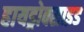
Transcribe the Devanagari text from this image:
हायड्रोक्साइड